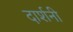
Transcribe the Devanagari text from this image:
दार्शनी